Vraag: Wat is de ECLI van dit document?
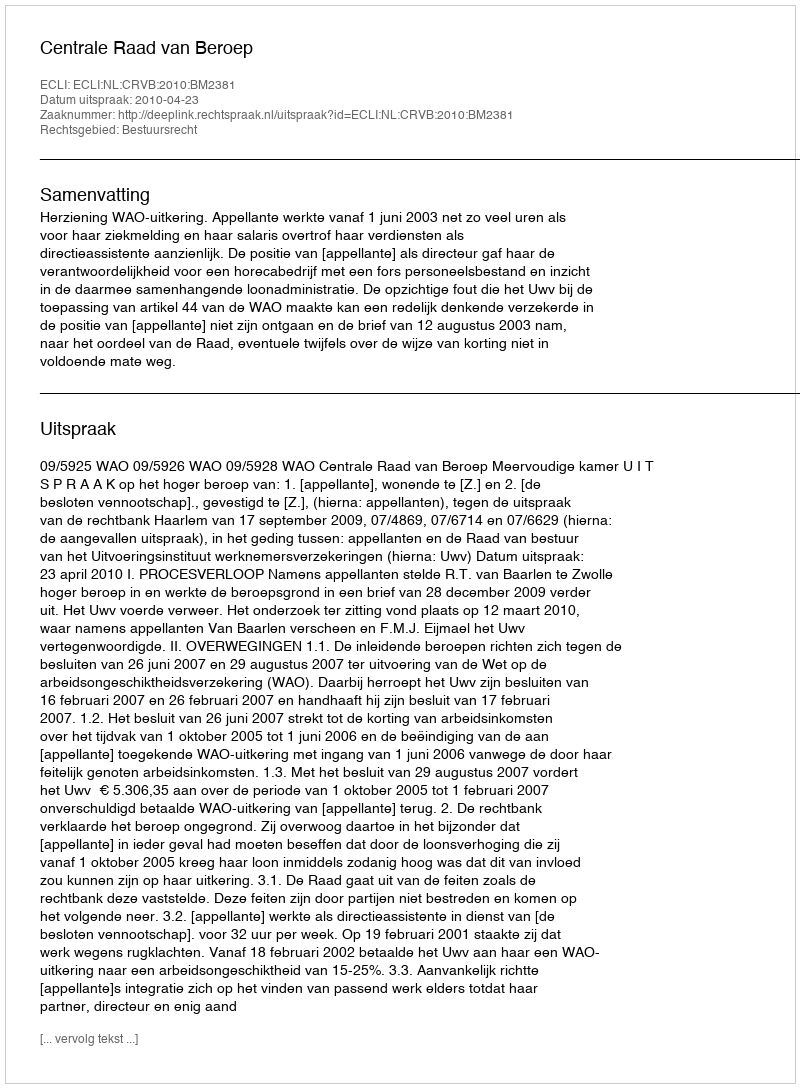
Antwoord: ECLI:NL:CRVB:2010:BM2381